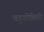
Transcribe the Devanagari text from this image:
बहुकोशिकी